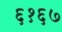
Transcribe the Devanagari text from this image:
६१६७